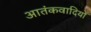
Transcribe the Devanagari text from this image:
आतंकवादियोँ